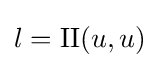
l=\mathrm {II} (u,u)